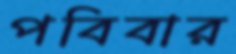
পবিবার